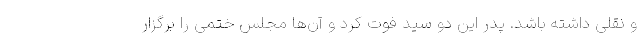
و نقلی داشته باشد. پدر این دو سید فوت کرد و آن‌ها مجلس ختمی را برگزار